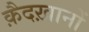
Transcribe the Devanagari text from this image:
क़ैदख़ानों